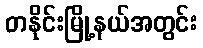
တနိုင်းမြို့နယ်အတွင်း